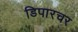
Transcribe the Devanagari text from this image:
डिपारचर